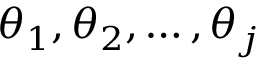
\theta _ { 1 } , \theta _ { 2 } , \ldots , \theta _ { j }